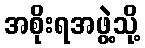
အစိုးရအဖွဲ့သို့